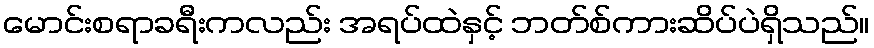
မောင်းစရာခရီးကလည်း အရပ်ထဲနှင့် ဘတ်စ်ကားဆိပ်ပဲရှိသည်။